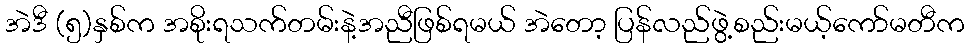
အဲဒီ (၅)နှစ်က အစိုးရသက်တမ်းနဲ့အညီဖြစ်ရမယ် အဲတော့ ပြန်လည်ဖွဲ့စည်းမယ့်ကော်မတီက